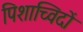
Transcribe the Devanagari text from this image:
पिशाच्विदों